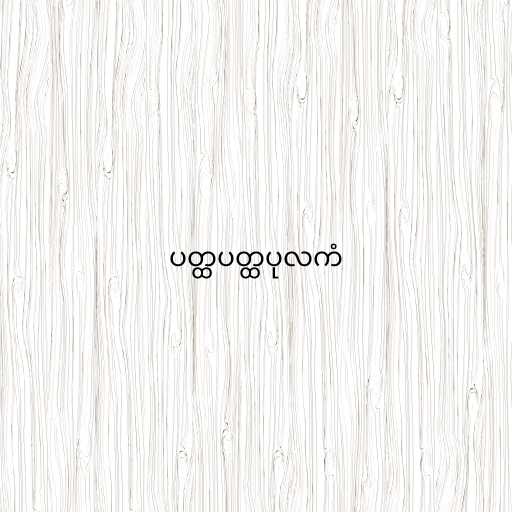
ပတ္ထပတ္ထပုလကံ